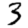
Digit: 3